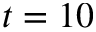
t = 1 0